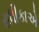
રાધીકાએ